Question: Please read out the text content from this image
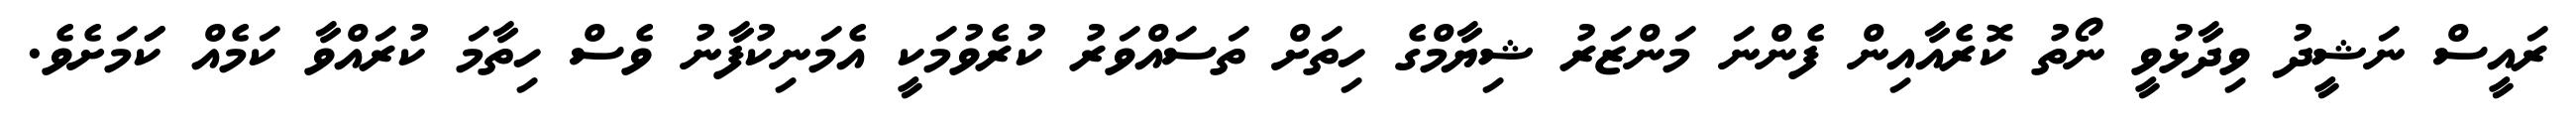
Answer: ރައީސް ނަޝީދު ވިދާޅުވީ ނޯތު ކޮރެއާއިން ފެންނަ މަންޒަރު ޝިޔާމްގެ ހިތަށް ތަސައްވަރު ކުރެވުމަކީ އެމަނިކުފާނު ވެސް ހިތާމަ ކުރައްވާ ކަމެއް ކަަމަށެވެ.